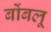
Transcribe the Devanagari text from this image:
बोंबलू